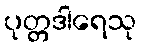
ပုတ္တဒါရေသု